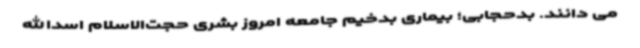
می دانند. بدحجابی؛ بیماری بدخیم جامعه امروز بشری حجت‌الاسلام اسدالله